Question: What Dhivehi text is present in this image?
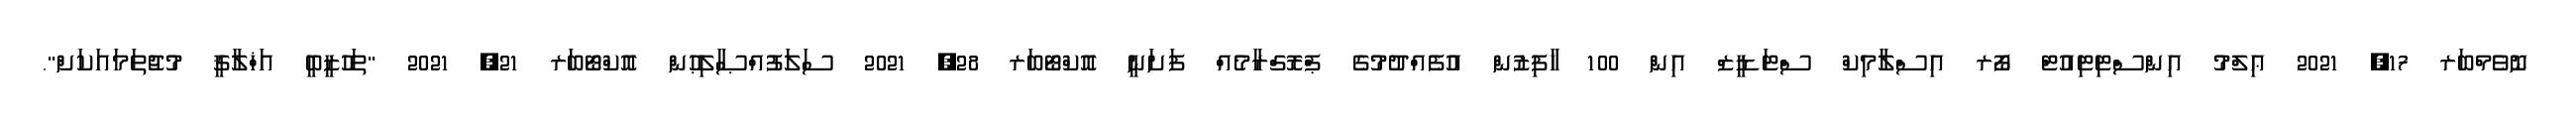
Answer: ނޮވެމްބަރ 17, 2021 ޢިލްމު އިންސްޓިޓިއުޓް ފޯރ އިސްލާމިކް ސްޓަޑީޒް އިން 100 ހާފިޒުން އުފެއްދުމުގެ ޕްރޮގްރާމެއް ފަށަނީ އޮކްޓޯބަރ 28, 2021 ސަލަފުއްޞާލިޙުން އޮކްޓޯބަރ 21, 2021 "ތަހުޒީބީ އަޚްލާޤީ މުޖުތަމައަކަށް".